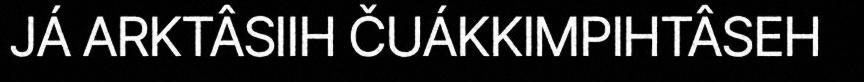
JÁ ARKTÂSIIH ČUÁKKIMPIHTÂSEH